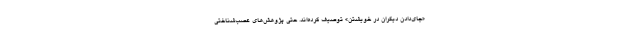
«جای‌دادنِ دیگران در خویشتن» توصیف کرده‌اند. حتی پژوهش‌های عصب‌شناختی